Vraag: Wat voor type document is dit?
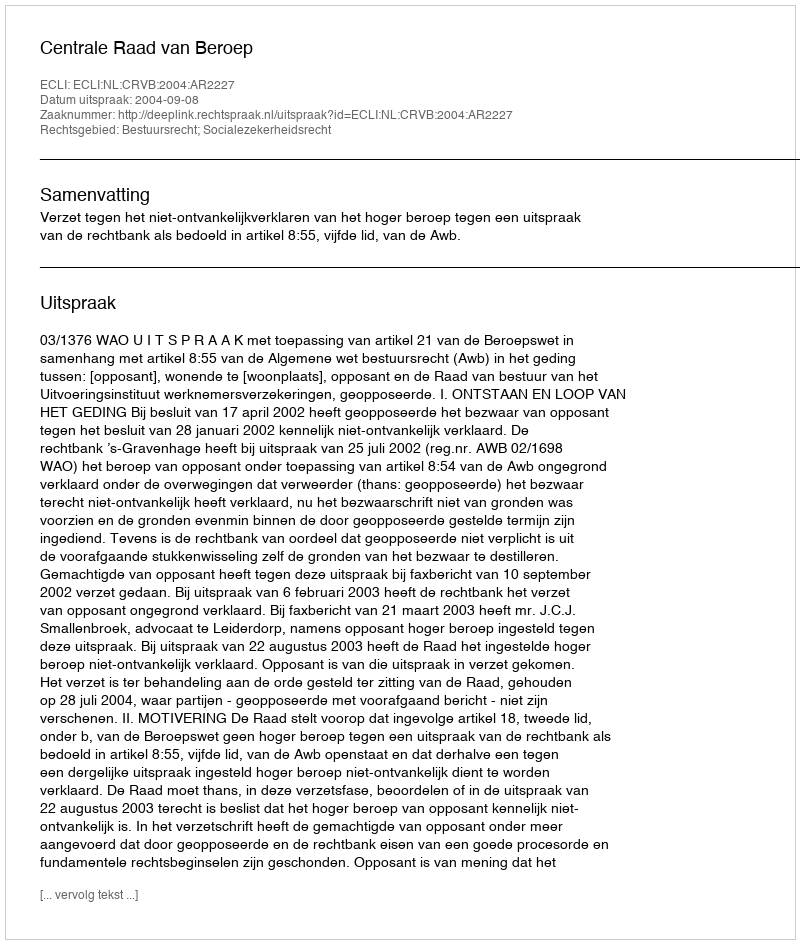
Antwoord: Uitspraak